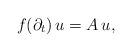
LaTeX: \begin{align*}f(\partial_t) \, u = A \, u,\end{align*}